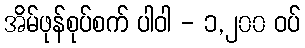
အိမ်ဖုန်စုပ်စက် ပါဝါ - ၁,၂၀၀ ဝပ်